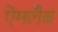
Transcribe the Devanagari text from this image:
ऐमलैब